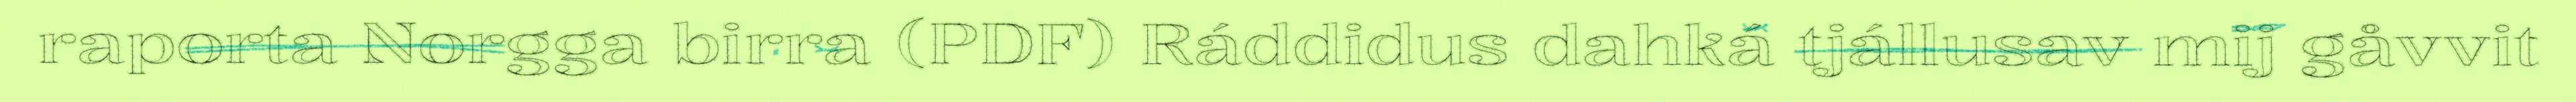
raporta Norgga birra (PDF) Ráddidus dahká tjállusav mij gåvvit